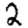
Digit: 2